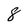
Character: 8